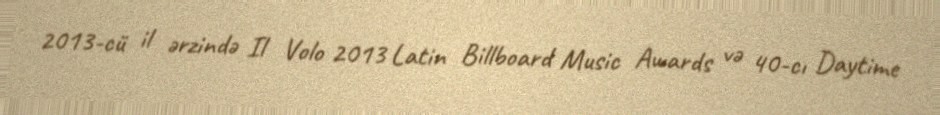
2013-cü il ərzində Il Volo 2013 Latin Billboard Music Awards və 40-cı Daytime